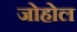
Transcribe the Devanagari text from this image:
जोहोल